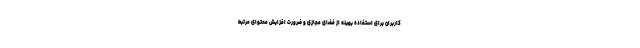
کاربران برای استفاده بهینه از فضای مجازی و ضرورت افزایش محتوای مرتبط